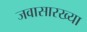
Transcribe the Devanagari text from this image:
जवासारख्या